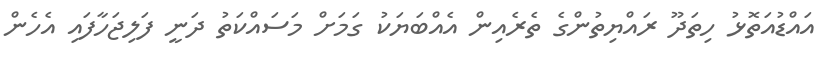
އައްޑުއަތޮޅު ހިތަދޫ ރައްޔިތުންގެ ތެރެއިން އެއްބަޔަކު ގަމަށް މަސައްކަތު ދަނީ ފަލިޖަހާފައި އެހެން